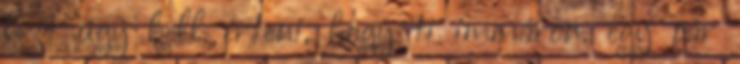
Ezt úgy kell érteni, hogy ti immáron. egy pár